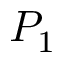
P _ { 1 }